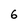
Character: 6